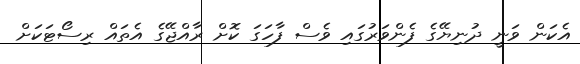
އެކަން ވަނީ ދުނިޔޭގެ ފެންވަރުގައި ވެސް ފާހަގަ ކޮށް ރާއްޖޭގެ އެތައް ރިސޯޓަކަށް